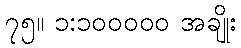
၇၅။ ၁:၁၀၀၀၀၀ အချိုး